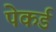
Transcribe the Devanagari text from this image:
पेकर्ड